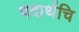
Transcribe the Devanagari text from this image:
पदार्थचि